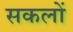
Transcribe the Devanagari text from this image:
सकलों